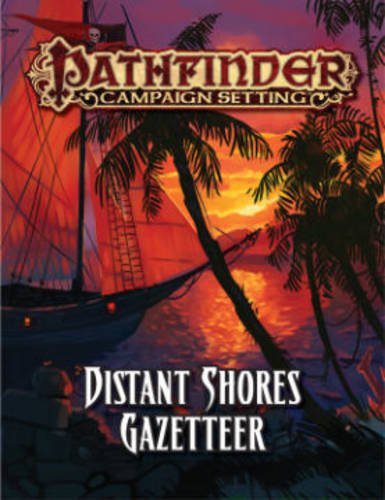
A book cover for Pathfinder Campaign Setting: Distant Shores Gazetteer (Pathfinder Roleplaying Game); Science Fiction & Fantasy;